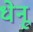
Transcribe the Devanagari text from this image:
धेनू